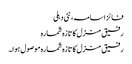
فائز اسامہ، نئی دہلی
رفیق منزل کا تازہ شمارہ
رفیق منزل کا تازہ شمارہ موصول ہوا۔